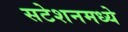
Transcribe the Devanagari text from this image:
सटेशनमध्ये